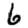
Digit: 6